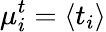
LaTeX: \mu_{i}^{t}=\langle t_{i}\rangle